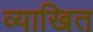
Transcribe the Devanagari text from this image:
व्याखित